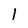
Character: 1